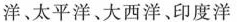
洋、太平洋、大西洋、印度洋